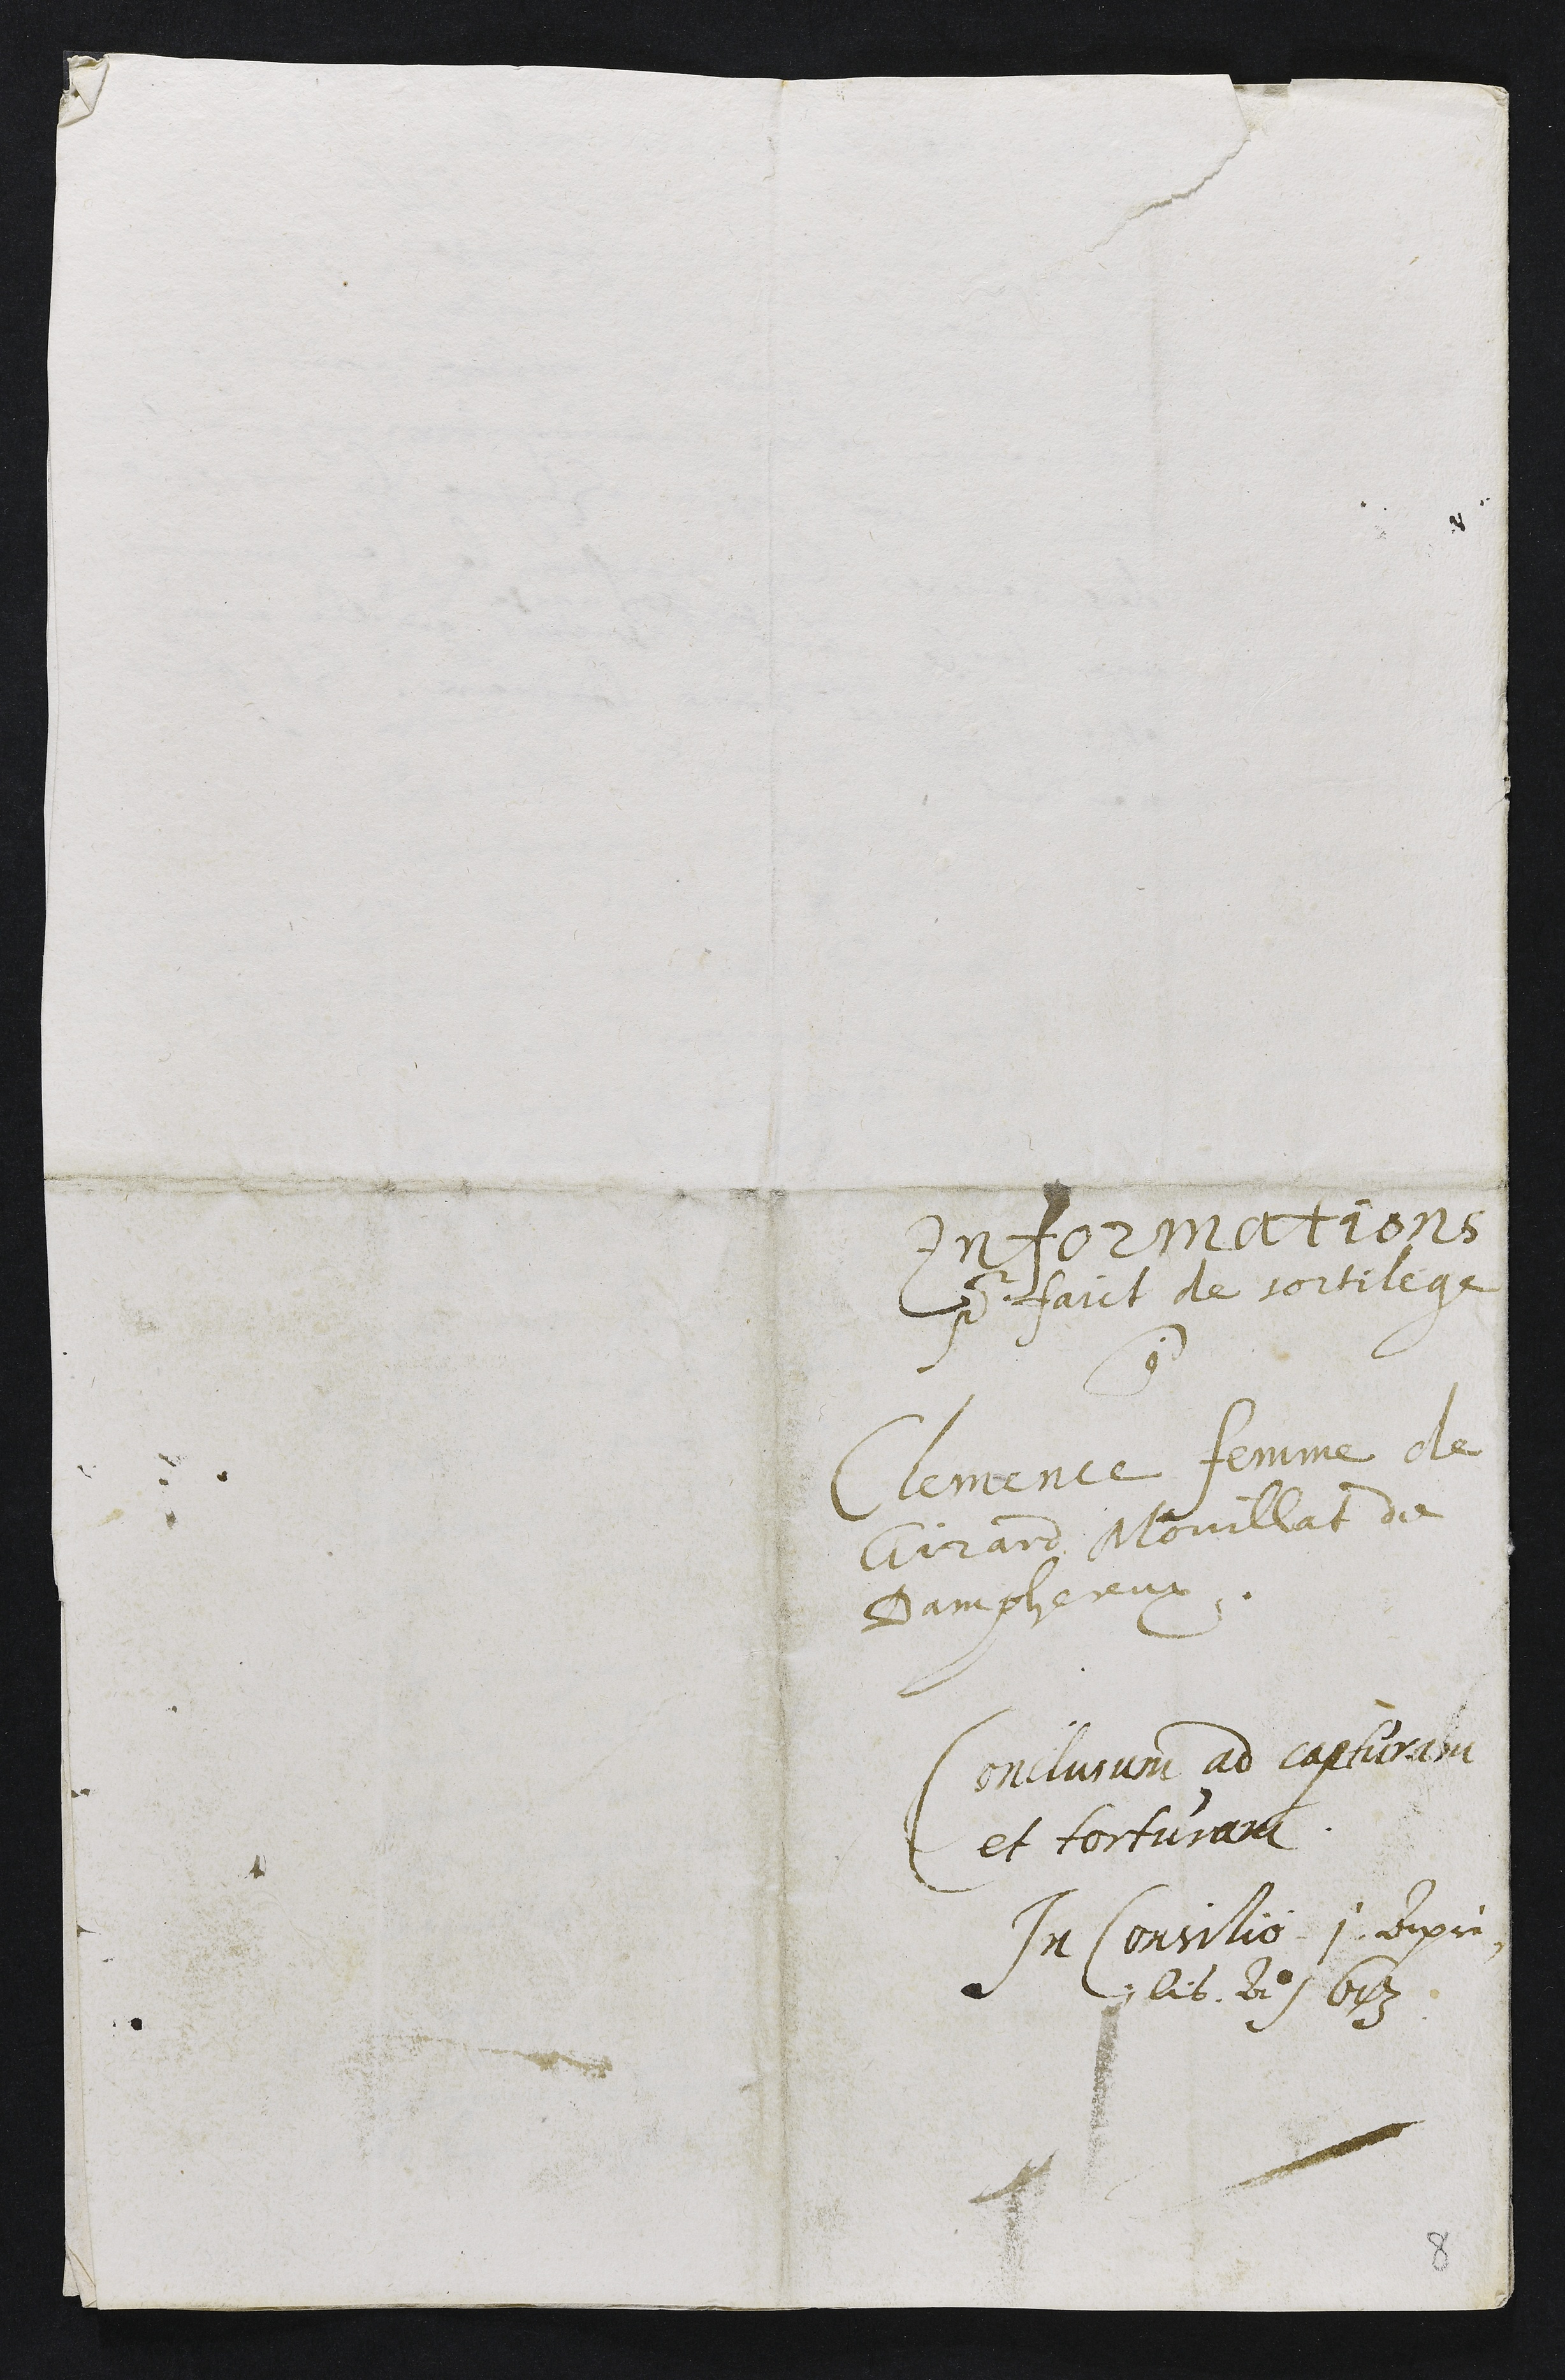
Informations
pour faict de sortilege
contre
Clemence femme de
Girard Mouillat de
Damphereux
Conclusum ad capturam
et torturam
In Consitio 1 Apri¬
lis Anno 1613